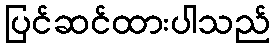
ပြင်ဆင်ထားပါသည်